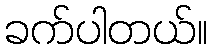
ခက်ပါတယ်။